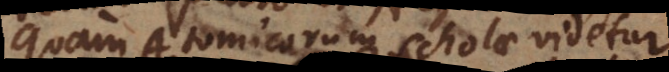
quam Atomicorum scholae videtur